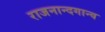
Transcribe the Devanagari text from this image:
राजनान्दगान्व